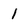
Character: 1